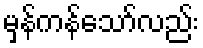
မှန်ကန်သော်လည်း